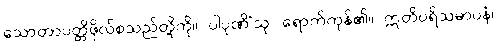
သောတာပတ္တိဖိုလ်စသည်တို့ကို။ ပါပုဏိံသု၊ ရောက်ကုန်၏။ ဣတိပရိသမာပနံ၊